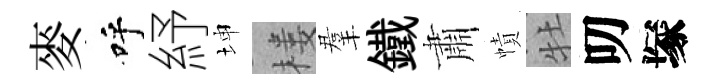
麥呼紓坤楼羣鐵肅幘牡叨塚